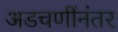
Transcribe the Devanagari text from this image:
अडचणींनंतर